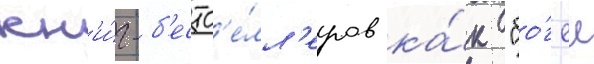
кн'и́г-б'естс'е́лл'еров ка́к "бо́г еи